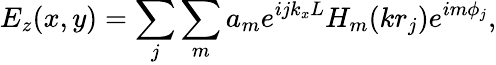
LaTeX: E_{z}(x,y)=\sum_{j}\sum_{m}a_{m}e^{ijk_{x}L}H_{m}(kr_{j})e^{im\phi_{j}},